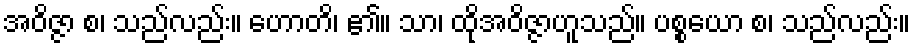
အဝိဇ္ဇာ စ၊ သည်လည်း။ ဟောတိ၊ ၏။ သာ၊ ထိုအဝိဇ္ဇာဟူသည်။ ပစ္စယော စ၊ သည်လည်း။